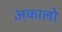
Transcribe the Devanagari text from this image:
अकालो